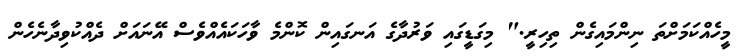
މީހެއްކަމަށްތަ ނިންމައިގެން ތިހިރީ." މިގަޑީގައި ވަރުދާގެ އަނގައިން ކޮންމެ ވާހަކައެއްވެސް އޭނައަށް ދެއްކުވިދާނެހެން